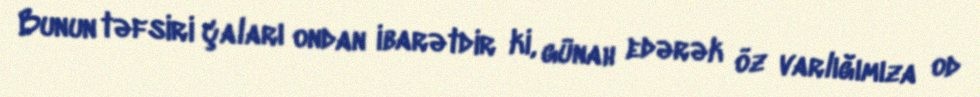
Bunun təfsiri çaları ondan ibarətdir ki, günah edərək öz varlığımıza od